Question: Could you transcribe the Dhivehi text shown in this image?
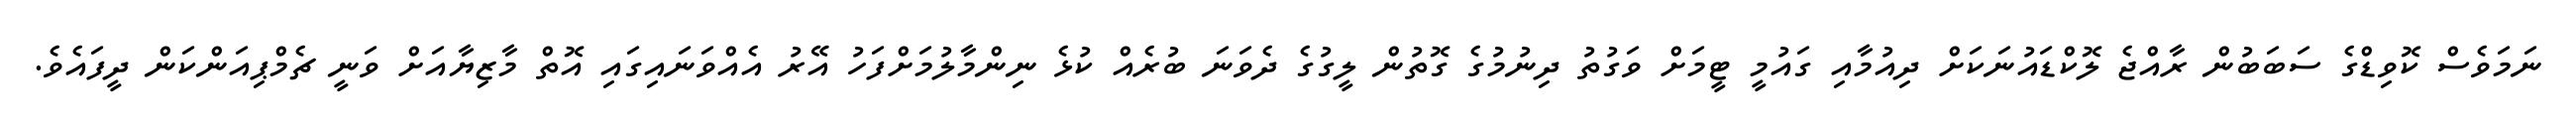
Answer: ނަމަވެސް ކޮވިޑްގެ ސަބަބުން ރާއްޖެ ލޮކްޑައުނަކަށް ދިއުމާއި ގައުމީ ޓީމަށް ވަގުތު ދިނުމުގެ ގޮތުން ލީގުގެ ދެވަނަ ބުރެއް ކުޅެ ނިންމާލުމަށްފަހު އޭރު އެއްވަނައިގައި އޮތް މާޒިޔާއަށް ވަނީ ޗެމްޕިއަންކަން ދީފައެވެ.